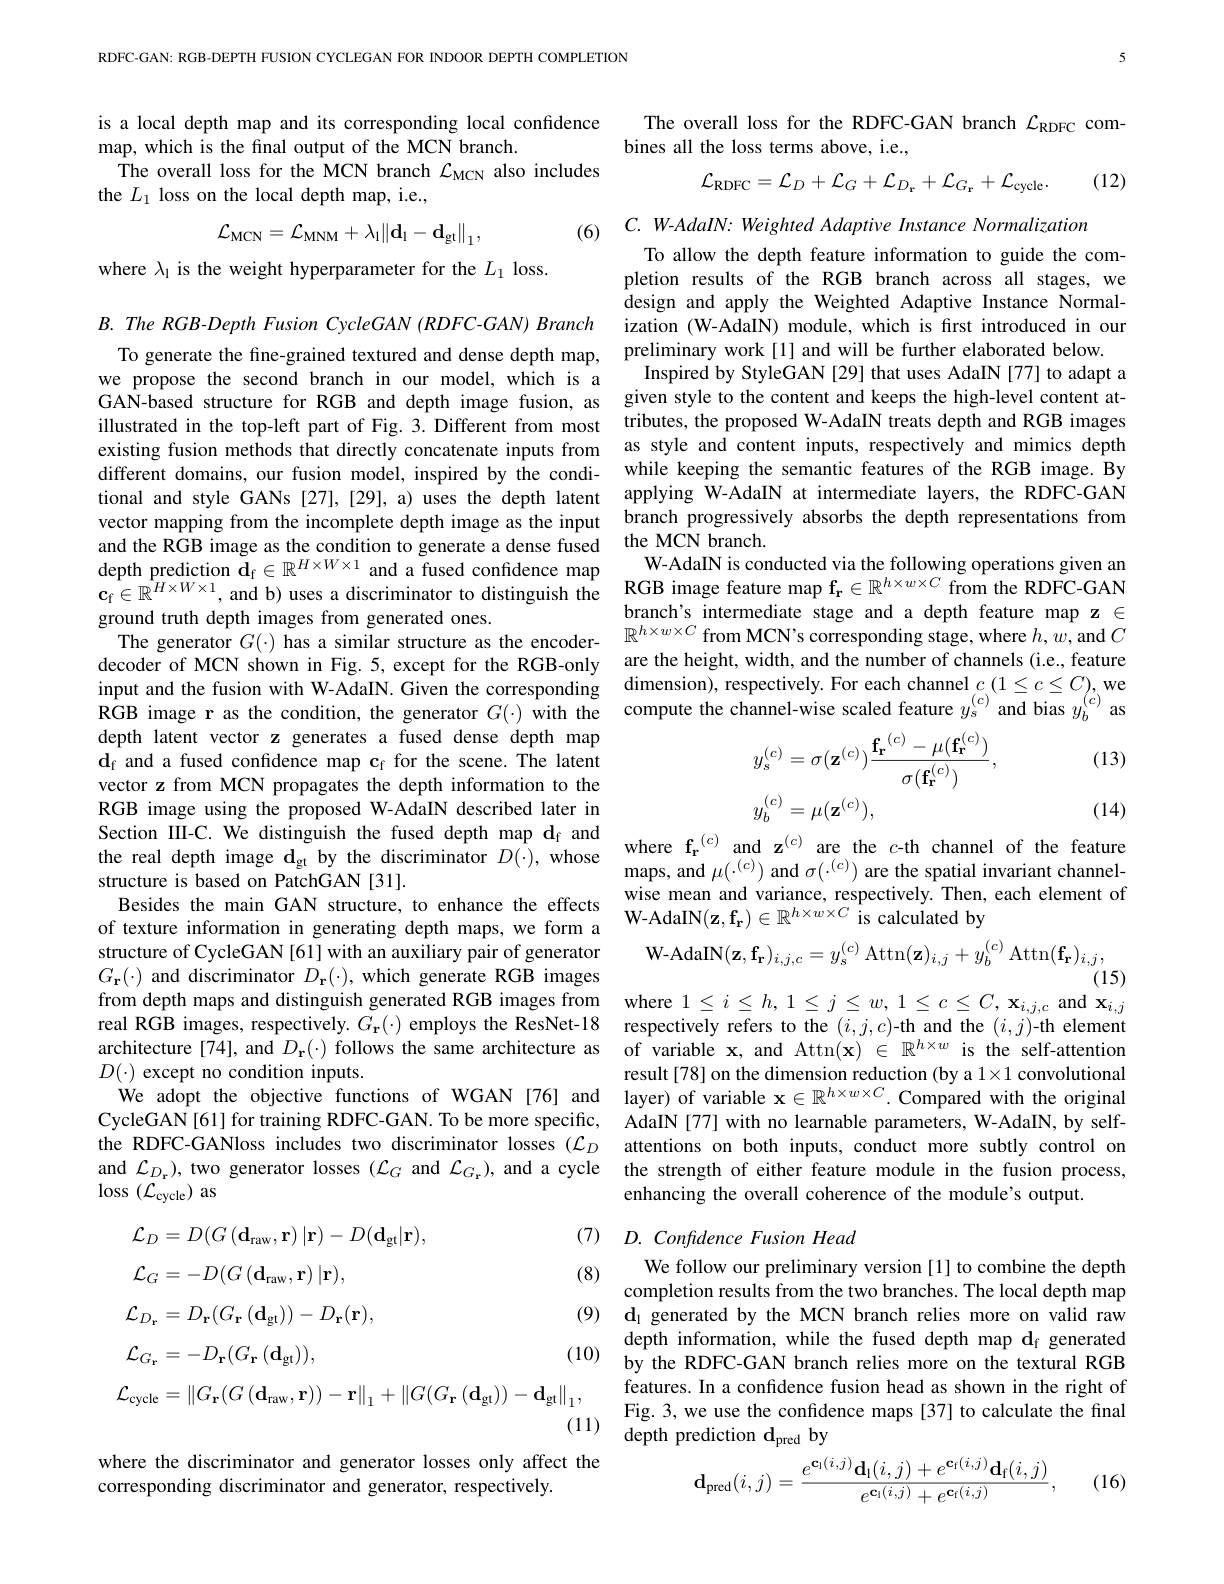
RDFC-GAN: RGB-DEPTH FUSION CYCLEGAN FOR INDOOR DEPTH COMPLETION

where the discriminator and generator losses only affect the
corresponding discriminator and generator, respectively.

is a local depth map and its corresponding local confidence
map, which is the final output of the MCN branch.
The overall loss for the MCN branch $\mathcal{L}_\mathrm{MCN}$ also includes
the $L_1$ loss on the local depth map, i.e.,
$$\mathcal{L}_{\mathrm{MCN}}=\mathcal{L}_{\mathrm{MNM}}+\lambda_{\mathrm{l}}\|\mathbf{d}_{\mathrm{l}}-\mathbf{d}_{\mathrm{gt}}\|_{1},$$
(6) C. W-AdaIN: Weighted Adaptive Instance Normalization

where $\lambda_1$ is the weight hyperparameter for the $L_1$ loss.

$B. \textit{ The RGB- Depth Fusion CycleGAN ( RDFC- GAN) Branch}$ we propose the second branch in our model, which is a existing fusion methods that directly concatenate inputs from different domains, our fusion model, inspired by the condiground truth depth images from generated ones.
decoder of MCN shown in Fig. 5, except for the RGB-only RGB image r as the condition, the generator $G(\cdot)$ with the depth latent vector z generates a fused dense depth map $\mathbf{d}_{\mathrm{f}}$ and a fused confidence map c$_\mathrm{f}$ for the scene. The latent vector z from MCN propagates the depth information to the RGB image using the proposed W-AdaIN described later in
structure is based on PatchGAN [31].
Besides the main GAN structure, to enhance the effects W-AdaIN(z,fr) $\in\mathbb{R}^{h\times w\times C}$ is calculated by
structure of CycleGAN[61] with an auxiliary pair of generator $G_{\mathbf{r}}(\cdot)$ and discriminator $D_\mathbf{r}(\cdot)$, which generate RGB images from depth maps and distinguish generated RGB images from real RGB images, respectively. $G_{\mathbf{r}}(\cdot)$ employs the ResNet-18 respectively refers to the $(i,j,c)$-th and the $(i,j)$-th element architecture [74], and $D_{\mathbf{r}}(\cdot)$ follows the same architecture as of variable $\mathbf{x}$, and Attn$(\mathbf{x})\in\mathbb{R}^h\times w$ is the self-attention $D(\cdot)$ except no condition inputs.
We adopt the objective functions of WGAN[76] and layer) of variable $\mathbf{x}\in\mathbb{R}^{h\times w\times C}.$ Compared with the original
CycleGAN[61] for training RDFC-GAN. To be more specific,
the RDFC-GANloss includes two discriminator losses $( \mathcal{L} _D$ attentions on both inputs, conduct more subtly control on and $\mathcal{L}_{D_{\mathrm{r}}})$, two generator losses $(\mathcal{L}_G$ and $\mathcal{L}_G_{\mathrm{r}})$, and a cycle the strength of either feature module in the fusion process, loss $(\mathcal{L}_{\mathrm{cycle}})$ as

(8)

5

The overall loss for the RDFC-GAN branch $\mathcal{L}_\mathrm{RDFC}$ com-
bines all the loss terms above, i.e.,

(12)
$$\mathcal{L}_{\mathrm{RDFC}}=\mathcal{L}_{D}+\mathcal{L}_{G}+\mathcal{L}_{D_{\mathrm{r}}}+\mathcal{L}_{G_{\mathrm{r}}}+\mathcal{L}_{\mathrm{cycle}}.$$
To allow the depth feature information to guide the completion results of the RGB branch across all stages, we design and apply the Weighted Adaptive Instance Normalization (W-AdaIN) module, which is fırst introduced in our
To generate the fine-grained textured and dense depth map, preliminary work [1] and will be further elaborated below.
Inspired by StyleGAN [29] that uses AdaIN [77] to adapt a
GAN-based structure for RGB and depth image fusion, as given style to the content and keeps the high-level content atillustrated in the top-left part of Fig. 3. Different from most tributes, the proposed W-AdaIN treats depth and RGB images
as style and content inputs, respectively and mimics depth while keeping the semantic features of the RGB image. By
tional and style GANs [27],[29], a) uses the depth latent applying W-AdaIN at intermediate layers, the RDFC-GAN vector mapping from the incomplete depth image as the input branch progressively absorbs the depth representations from and the RGB image as the condition to generate a dense fused the MCN branch.
W-AdaIN is conducted via the following operations given an
$\begin{array}{lll}\text{depth prediction }\tilde{\mathbf{d}}_{\mathrm{f}}\in\mathbb{R}^{H\times W\times1}\text{ and a fused confidence map}&\text{W-AdaIN is conducted via the following operations given an}\\\mathbf{c}_{\mathrm{f}}\in\mathbb{R}^{H\times W\times1},\text{ and b) uses a discriminator to distinguish the}&\text{RGB image feature map f}_{\mathrm{r}}\in\mathbb{R}^{h}\end{array}$
branch's intermediate stage and a depth feature map z $\in$
The generator $G(\cdot)$ has a similar structure as the encoder- $\mathbb{R}^h\times w\times C$ from MCN's corresponding stage, where $h,w$,and $C$
are the height, width, and the number of channels (i.e., feature
$\begin{array}{lll}\text{input and the fusion with W-AdaIN. Given the corresponding}&\text{dimension), respectively.For each channel }c(1\leq c\leq C),\text{we}\\\text{RGB image r as the condition, the generator }G(\cdot)\text{ with the compute the channel-wise scaled feature }y_{s}^{(c)}\mathrm{and~bias~}y_{b}\end{array}$
$$\begin{aligned}&y_{s}^{(c)}=\sigma(\mathbf{z}^{(c)})\frac{\mathbf{f_{r}}^{(c)}-\mu(\mathbf{f_{r}}^{(c)})}{\sigma(\mathbf{f_{r}}^{(c)})},\\&y_{b}^{(c)}=\mu(\mathbf{z}^{(c)}),\end{aligned}$$
(13)

(14)

wise mean and variance, respectively. Then, each element of
$$\mathbf{N}(\mathbf{z},\mathbf{f_{r}})_{i,j,c}=y_{s}^{(c)}\:\mathrm{Attn}(\mathbf{z})_{i,j}+y_{b}^{(c)}\:\mathrm{Attn}(\mathbf{f_{r}})_{i,j},$$
(15)

where $1\leq i\leq h,1\leq j\leq w,1\leq c\leq C,\mathbf{x}_{i,j,c}$ and $\mathbf{x}_{i,j}$ result[78] on the dimension reduction (by a 1×1 convolutional AdaIN [77] with no learnable parameters, W-AdaIN, by selfenhancing the overall coherence of the module's output.

## (7) D. Confidence Fusion Head

We follow our preliminary version [1] to combine the depth completion results from the two branches. The local depth map
(9) di generated by the MCN branch relies more on valid raw
depth information, while the fused depth map $\mathbf{d}_\mathrm{f}$ generated by the RDFC-GAN branch relies more on the textural RGB features. In a confidence fusion head as shown in the right of Fig. 3, we use the confidence maps [37] to calculate the final
(11) ${\mathrm{depth~prediction~d}}_{\mathrm{pred~by}}$
$$\mathbf{d}_{\mathrm{pred}}(i,j)=\frac{e^{\mathbf{c}_{\mathrm{l}}(i,j)}\mathbf{d}_{\mathrm{l}}(i,j)+e^{\mathbf{c}_{\mathrm{f}}(i,j)}\mathbf{d}_{\mathrm{f}}(i,j)}{e^{\mathbf{c}_{\mathrm{l}}(i,j)}+e^{\mathbf{c}_{\mathrm{f}}(i,j)}},$$
$$\begin{aligned}&\mathcal{L}_{D}=D(G\left(\mathbf{d}_{\mathrm{raw}},\mathbf{r}\right)|\mathbf{r})-D(\mathbf{d}_{\mathrm{gt}}|\mathbf{r}),\\&\mathcal{L}_{G}=-D(G\left(\mathbf{d}_{\mathrm{raw}},\mathbf{r}\right)|\mathbf{r}),\\&\mathcal{L}_{D_{\mathrm{r}}}=D_{\mathbf{r}}(G_{\mathbf{r}}\left(\mathbf{d}_{\mathrm{gt}}\right))-D_{\mathbf{r}}(\mathbf{r}),\\&\mathcal{L}_{G_{\mathrm{r}}}=-D_{\mathbf{r}}(G_{\mathbf{r}}\left(\mathbf{d}_{\mathrm{gt}}\right)),\\&\mathcal{L}_{\mathrm{cycle}}=\|G_{\mathbf{r}}(G\left(\mathbf{d}_{\mathrm{raw}},\mathbf{r}\right))-\mathbf{r}\|_{1}+\|G(G_{\mathbf{r}}\left(\mathbf{d}_{\mathrm{gt}}\right))-\mathbf{d}_{\mathrm{gt}}\|_{1}\end{aligned}$$
(16)

(10)